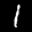
Label: 1